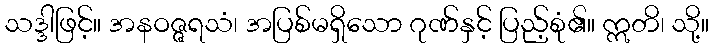
သဒ္ဒါဖြင့်။ အနဝဇ္ဇရသံ၊ အပြစ်မရှိသော ဂုဏ်နှင့် ပြည့်စုံ၏။ ဣတိ၊ သို့။